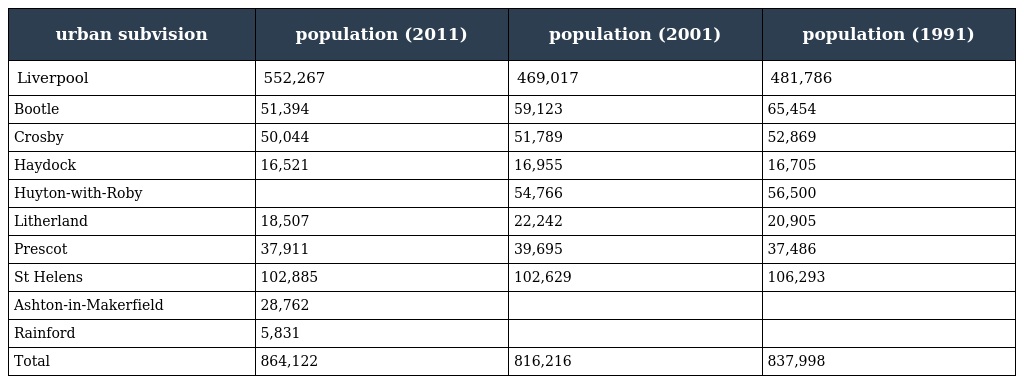
| urban subvision | population (2011) | population (2001) | population (1991) |
 | --- | --- | --- | --- |
 | Liverpool | 552,267 | 469,017 | 481,786 |
 | Bootle | 51,394 | 59,123 | 65,454 |
 | Crosby | 50,044 | 51,789 | 52,869 |
 | Haydock | 16,521 | 16,955 | 16,705 |
 | Huyton-with-Roby |  | 54,766 | 56,500 |
 | Litherland | 18,507 | 22,242 | 20,905 |
 | Prescot | 37,911 | 39,695 | 37,486 |
 | St Helens | 102,885 | 102,629 | 106,293 |
 | Ashton-in-Makerfield | 28,762 |  |  |
 | Rainford | 5,831 |  |  |
 | Total | 864,122 | 816,216 | 837,998 |